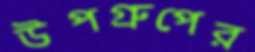
উপগ্রুপের